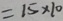
= 1 5 \times 1 0